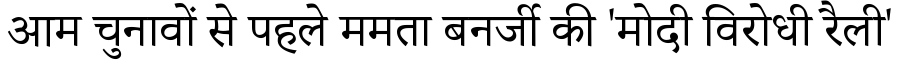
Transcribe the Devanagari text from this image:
आम चुनावों से पहले ममता बनर्जी की 'मोदी विरोधी रैली'